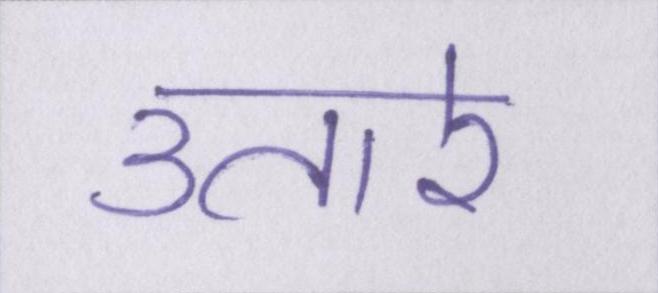
उतारे